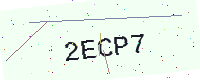
Text: 2ECP7